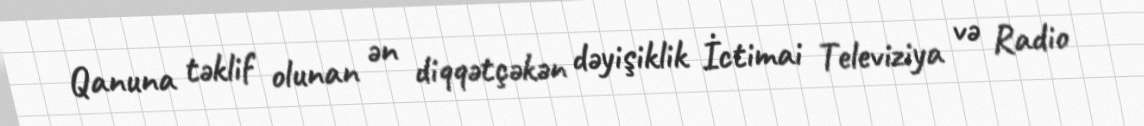
Qanuna təklif olunan ən diqqətçəkən dəyişiklik İctimai Televiziya və Radio